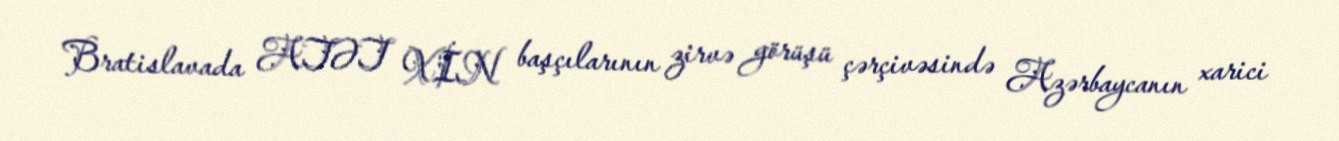
Bratislavada ATƏT XİN başçılarının zirvə görüşü çərçivəsində Azərbaycanın xarici